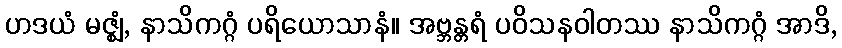
ဟဒယံ မဇ္ဈံ, နာသိကဂ္ဂံ ပရိယောသာနံ။ အဗ္ဘန္တရံ ပဝိသနဝါတဿ နာသိကဂ္ဂံ အာဒိ,